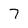
Character: 7